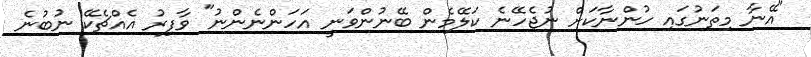
"އޭނާ މިތަނުގައި ހުންނާކަށް ނުޖެހޭނެ ކަލޭމެން ބޭނުންވަނީ އަހަންނެންނު" ވާފިރު އެއްޗެކޭ ނުބުނެ